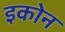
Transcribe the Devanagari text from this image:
इकोन